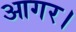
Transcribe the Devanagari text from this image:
आगर।